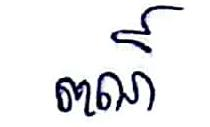
ពណ៍